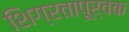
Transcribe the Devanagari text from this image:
शिग्रतापूर्वक